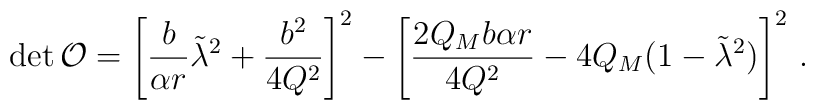
{\rm det} \, {\cal O} =\left[\frac{b}{\alpha r}\tilde{\lambda}^2+\frac{b^2}{4Q^2}\right]^2-\left[\frac{2Q_Mb\alpha r}{4Q^2} - 4Q_M(1-\tilde{\lambda}^2)\right]^2\, .